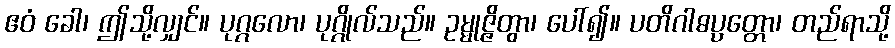
ဧဝံ ခေါ၊ ဤသို့လျှင်။ ပုဂ္ဂလော၊ ပုဂ္ဂိုလ်သည်။ ဥမ္မုဇ္ဇိတွာ၊ ပေါ်၍။ ပတိဂါဓပ္ပတ္တော၊ တည်ရာသို့